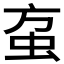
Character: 𰲱